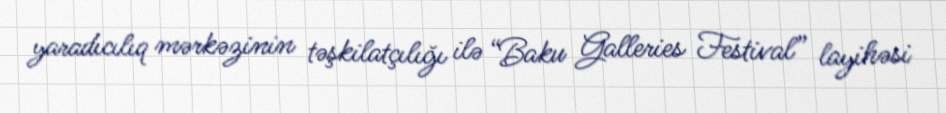
yaradıcılıq mərkəzinin təşkilatçılığı ilə “Baku Galleries Festival” layihəsi